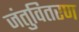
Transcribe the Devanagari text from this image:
जंतुवितरण